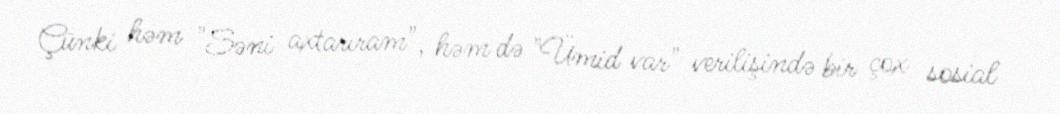
Çünki həm "Səni axtarıram", həm də "Ümid var" verilişində bir çox sosial